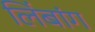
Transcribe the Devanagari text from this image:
लिंबांग